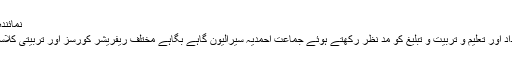
نمائندہ الفضل انٹرنیشنل سیرالیون)
جماعت کی بڑھتی ہوئی تعداد اور تعلیم و تربیت و تبلیغ کو مد نظر رکھتے ہوئے جماعت احمدیہ سیرالیون گاہے بگاہے مختلف ریفریشر کورسز اور تربیتی کلاسز کا انعقاد کرتی رہتی ہے۔